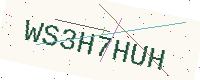
Text: WS3H7HUH